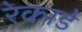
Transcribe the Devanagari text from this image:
रेकाडे